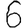
Digit: 6